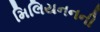
મિલિયનનની